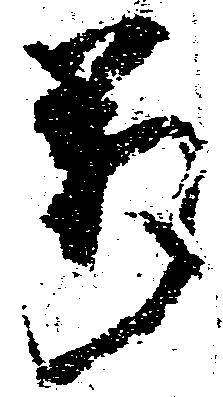
万